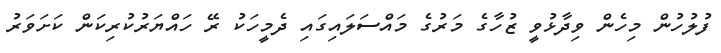
ފުލުހުން މިހެން ވިދާޅުވީ ޒުހާގެ މަރުގެ މައްސަލައިގައި ދެމީހަކު ރޭ ހައްޔަރުކުރިކަން ކަށަވަރު